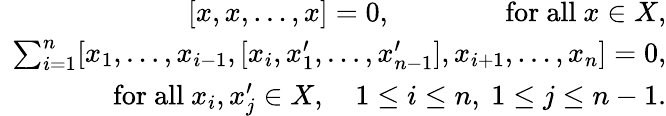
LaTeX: \begin{array}{r}{[x,x,\ldots,x]=0,\qquad\qquad\mathrm{for~all~}x\in X,}\\ {\sum_{i=1}^{n}[x_{1},\ldots,x_{i-1},[x_{i},x_{1}^{\prime},\ldots,x_{n-1}^{\prime}],x_{i+1},\ldots,x_{n}]=0,}\\ {\qquad\qquad\mathrm{for~all~}x_{i},x_{j}^{\prime}\in X,\quad 1\leq i\leq n,~1\leq j\leq n-1.}\end{array}